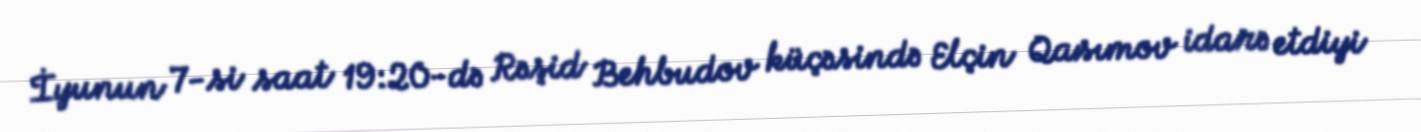
İyunun 7-si saat 19:20-də Rəşid Behbudov küçəsində Elçin Qasımov idarə etdiyi